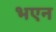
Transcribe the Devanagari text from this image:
भएन